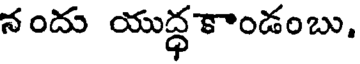
నందు యుద్ధ కాండంబు,